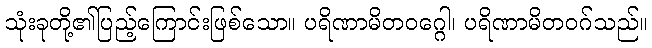
သုံးခုတို့၏ပြည့်ကြောင်းဖြစ်သော။ ပရိဏာမိတဝဂ္ဂေါ၊ ပရိဏာမိတဝဂ်သည်။